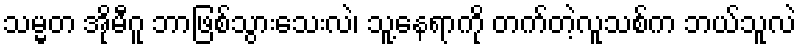
သမ္မတ အိုမီဂူ ဘာဖြစ်သွားသေးလဲ၊ သူ့နေရာကို တက်တဲ့လူသစ်က ဘယ်သူလဲ